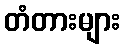
တံတားများ